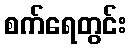
စက်ရေတွင်း